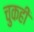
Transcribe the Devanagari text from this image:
चुकही